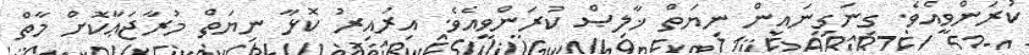
ކުރަންވީއެވެ. ގިނަގިނައިން ނިޔަތް ޚާލިޞް ކުރަންވީއެވެ. އިރުއިރު ކޮޅާ ނިޔަތް މުރާޖަޢާކޮށް މާތް